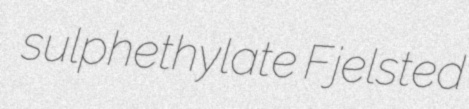
sulphethylate Fjelsted